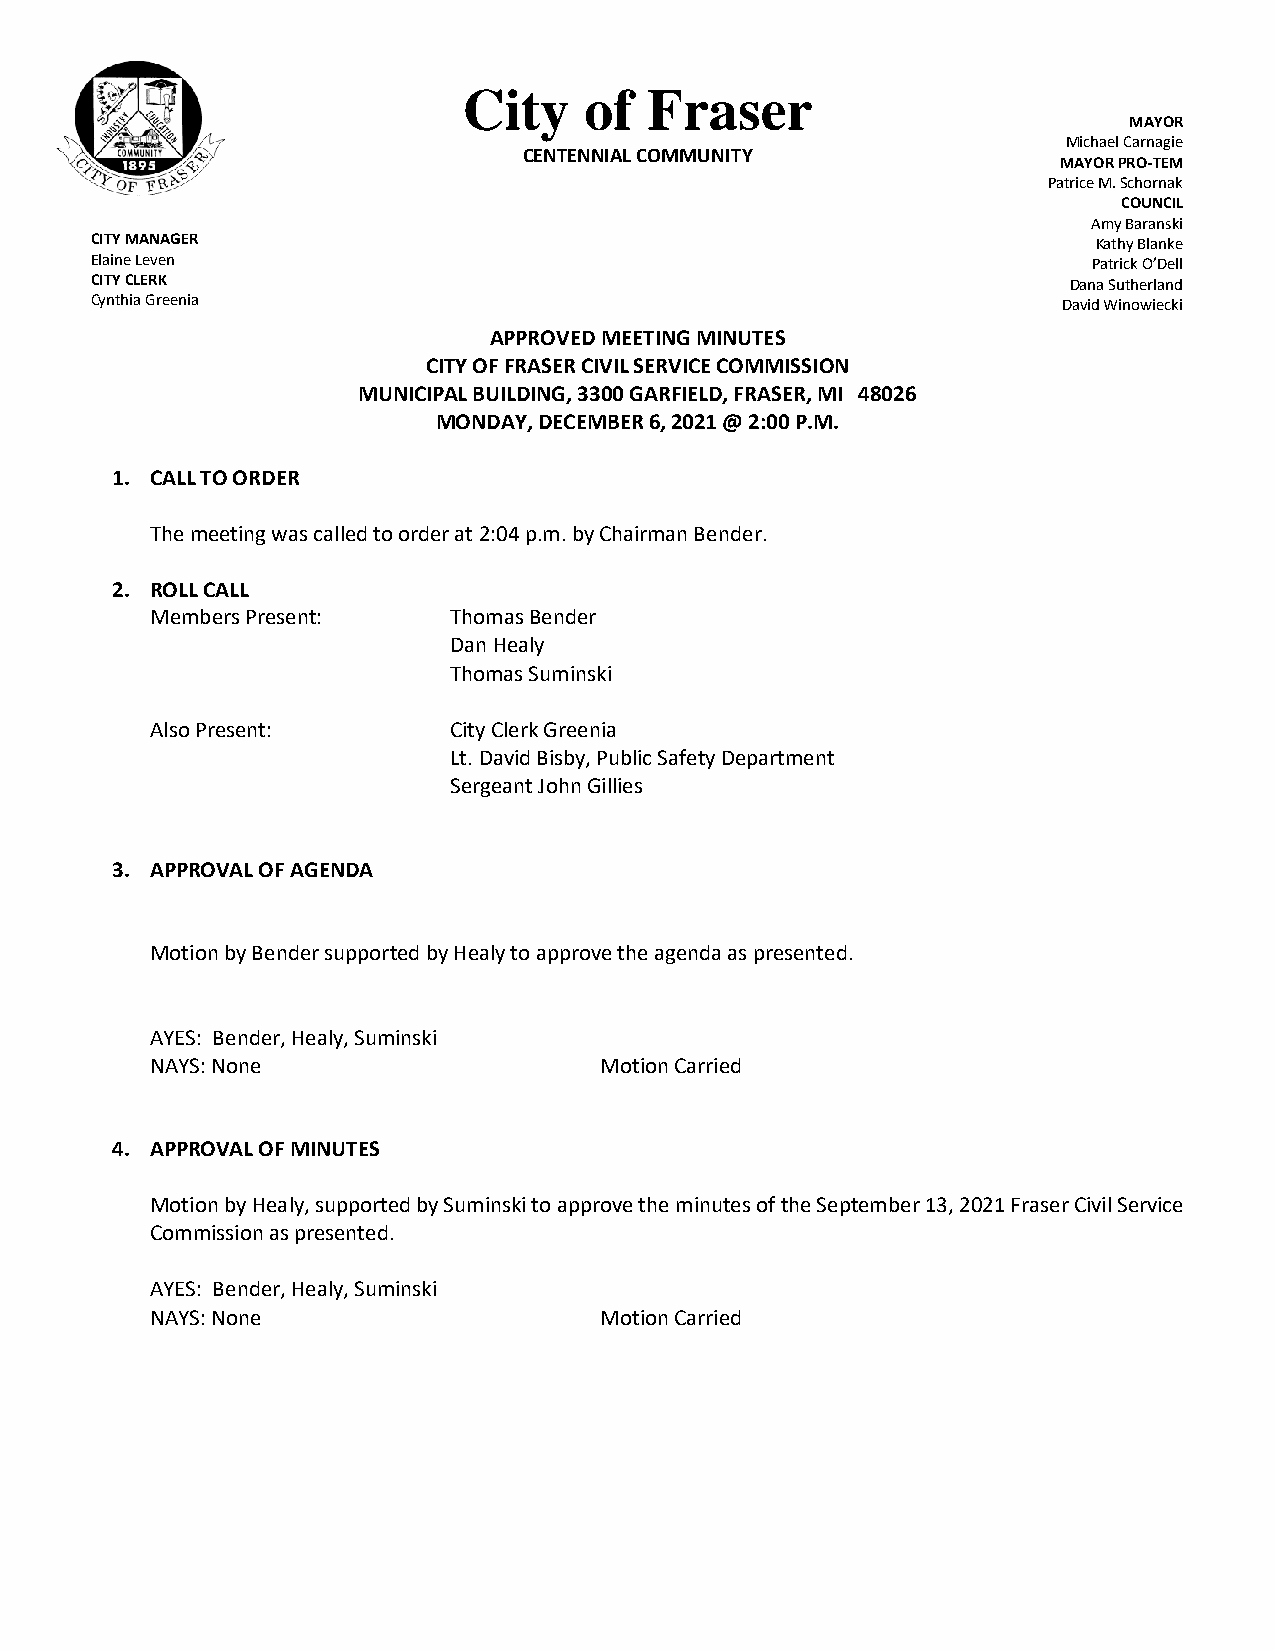
City    of  Fraser
 MAYOR
 Michael Carnagie
 CENTENNIAL COMMUNITY
 MAYOR PRO-TEM
 Patrice M. Schornak
 COUNCIL
 Amy Baranski
 CITY MANAGER                                                       Kathy Blanke
 Elaine Leven                                                      Patrick O’Dell
 CITY CLERK                                                       Dana Sutherland
 Cynthia Greenia                                                 David Winowiecki
 APPROVED MEETING MINUTES
 CITY OF FRASER CIVIL SERVICE COMMISSION
 MUNICIPAL BUILDING, 3300 GARFIELD, FRASER, MI 48026
 MONDAY, DECEMBER 6, 2021 @ 2:00 P.M.
 1. CALL TO ORDER
 The meeting was called to order at 2:04 p.m. by Chairman Bender.
 2. ROLL CALL
 Members Present:    Thomas Bender
 Dan Healy
 Thomas Suminski
 Also Present:       City Clerk Greenia
 Lt. David Bisby, Public Safety Department
 Sergeant John Gillies
 3. APPROVAL OF AGENDA
 Motion by Bender supported by Healy to approve the agenda as presented.
 AYES: Bender, Healy, Suminski
 NAYS: None                    Motion Carried
 4. APPROVAL OF MINUTES
 Motion by Healy, supported by Suminski to approve the minutes of the September 13, 2021 Fraser Civil Service
 Commission as presented.
 AYES: Bender, Healy, Suminski
 NAYS: None                    Motion Carried